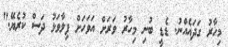
މިހާރު ގަދައެއްނު. ޑެޑީ ބުނި މިހާރު ވަރަށް އަވަހަށް ފިލާވަޅު ދަސް ކުރެޔޭ."